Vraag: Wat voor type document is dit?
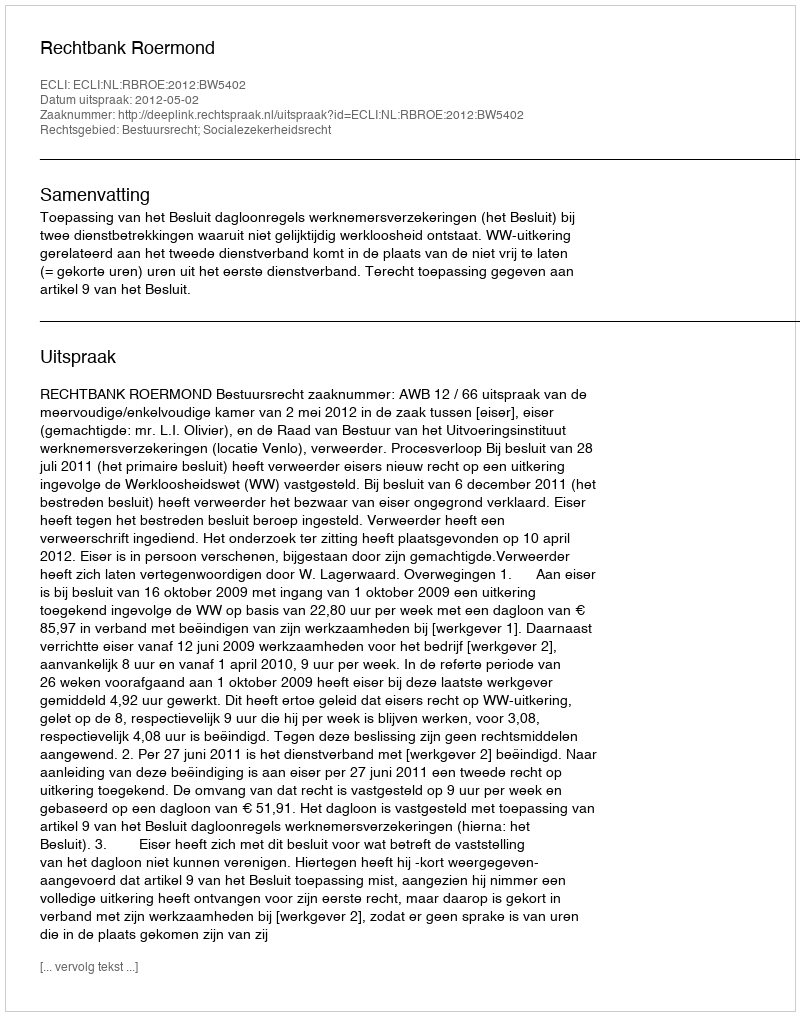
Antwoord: Uitspraak